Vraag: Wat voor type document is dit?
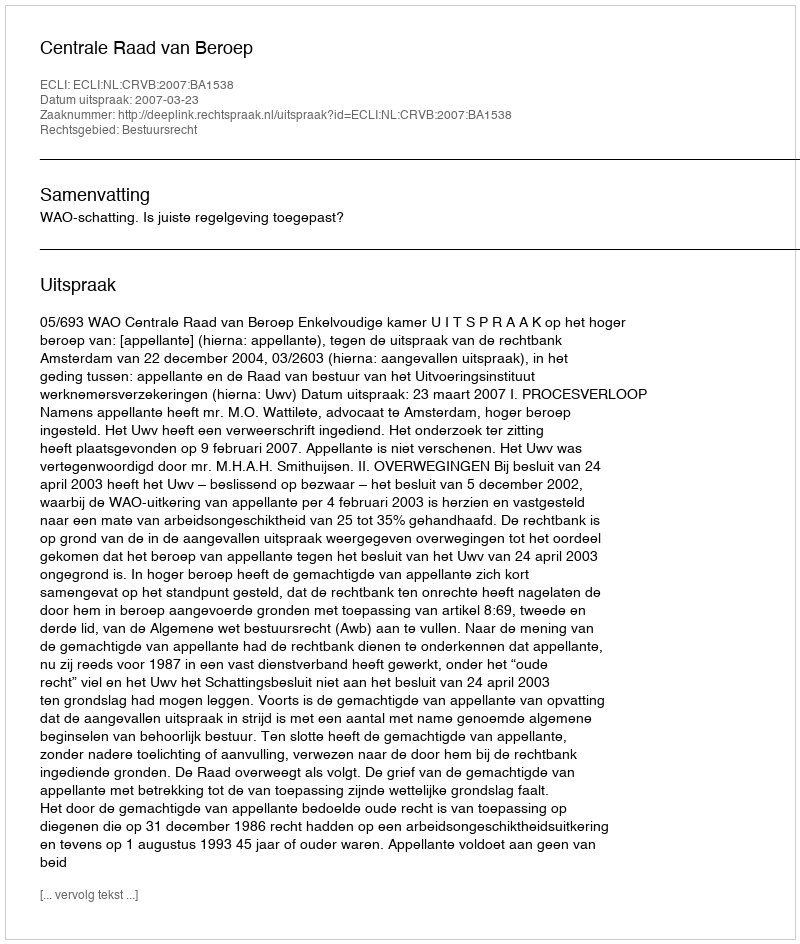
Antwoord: Uitspraak